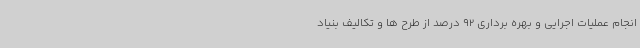
انجام عملیات اجرایی و بهره برداری 92 درصد از طرح ها و تکالیف بنیاد